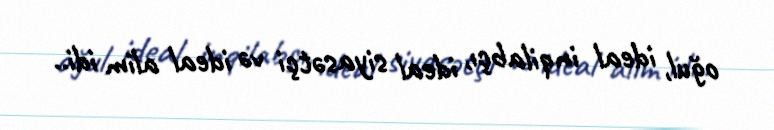
oğul, ideal inqilabçı, ideal siyasətçi və ideal alim idi..